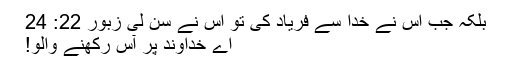
بلکہ جب اُس نے خُدا سے فریاد کی تو اُس نے سُن لی زبُور 22: 24
اَے خُداوند پر آس رکھنے والو!